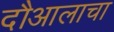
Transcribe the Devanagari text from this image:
दौआलाचा